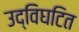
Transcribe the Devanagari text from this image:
उद्विघटित